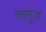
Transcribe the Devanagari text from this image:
तामुज़